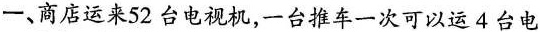
一、商店运来52台电视机，一台推车一次可以运4台电